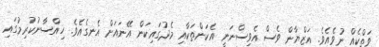
ވަތްކެއް ނުވެއެވެ. އަޒްޔާން ވެސް އެވިސްނަނީ އެކަންތަކާއި މެދުގައިކަން އޭނައަށް އެނގެއެވެ. ހިއްސާނުކުރިމުގައި